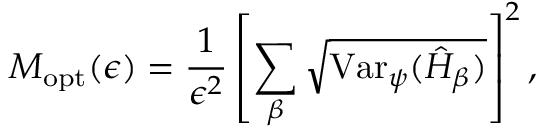
M _ { \mathrm { o p t } } ( \epsilon ) = \frac { 1 } { \epsilon ^ { 2 } } \left[ \sum _ { \beta } \sqrt { \mathrm { V a r } _ { \psi } ( \hat { H } _ { \beta } ) } \right] ^ { 2 } ,